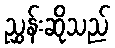
ညွှန်းဆိုသည်